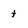
Character: t